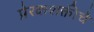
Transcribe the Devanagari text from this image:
प्रेरकशक्तीचे